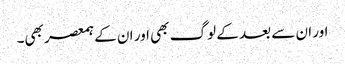
اور ان سے بعد کے لوگ بھی اور ان کے ہمعصر بھی۔